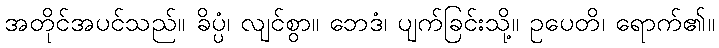
အတိုင်အပင်သည်။ ခိပ္ပံ၊ လျင်စွာ။ ဘေဒံ၊ ပျက်ခြင်းသို့။ ဥပေတိ၊ ရောက်၏။